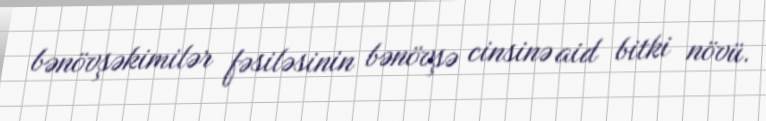
bənövşəkimilər fəsiləsinin bənövşə cinsinə aid bitki növü.